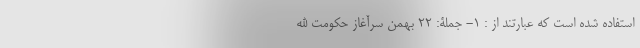
استفاده شده است که عبارتند از : ۱- جملۀ: ۲۲ بهمن سرآغاز حکومت الله